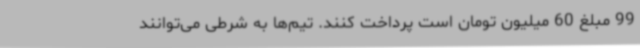
99 مبلغ 60 میلیون تومان است پرداخت کنند. تیم‌ها به شرطی می‌توانند